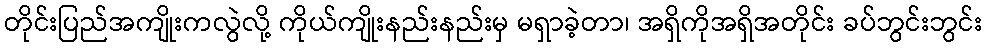
တိုင်းပြည်အကျိုးကလွဲလို့ ကိုယ်ကျိုးနည်းနည်းမှ မရှာခဲ့တာ၊ အရှိကိုအရှိအတိုင်း ခပ်ဘွင်းဘွင်း